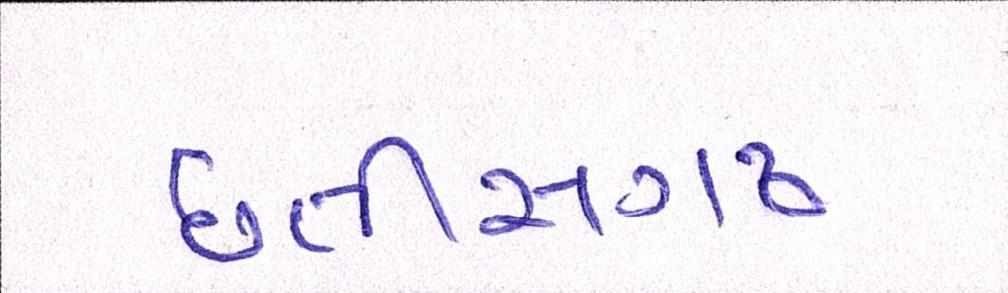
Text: છત્તીસગઢ